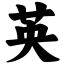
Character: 英